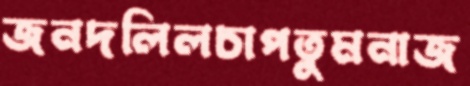
জনদলিলচাপতুমনাজ